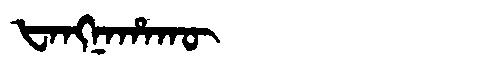
Manchu: ᡶᠠᠩᠨᠠᡥᠠᡴᡡ
Romanization: FANGNAHAKŪ